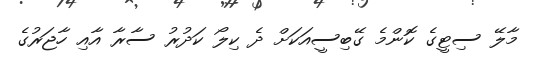
މާލޭ ސިޓީގެ ކޮންމެ ގޭބިސީއަކަށް ދެ ކިލޯ ކަދުރު ސާރާ އާއި ހާޖަރުގެ